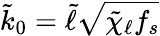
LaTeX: \tilde{k}_{0}=\tilde{\ell}\sqrt{\tilde{\chi}_{\ell}f_{s}}